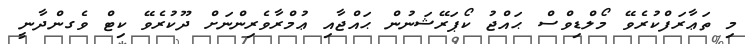
މި ތަޢާރަފްކުރެވޭ މޯލްޑިވްސް ޙައްޖު ކޯޕަރޭޝަނުން ޙައްޖާއި ޢުމްރާވެރިންނަށް ދޫކުރެވޭ ކިޓް ވެގންދާނީ